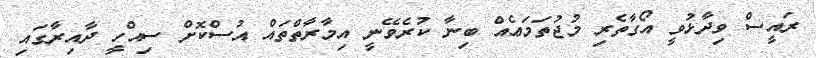
ރައީސް ވިދާޅުވީ އޯގާތެރި މުޖުތަމަޢެއް ބިނާ ކުރެވޭނީ އިމާރާތްތައް އުސްކޮށް ސިއްހީ ދާއިރާގައި